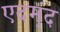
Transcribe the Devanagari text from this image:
एदम्ंद